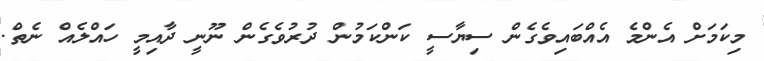
މިކަމަށް އެންމެ އެއްބައިވެގެން ސިޔާސީ ކަންކަމުން ދުރުވެގެން ނޫނީ ދާއިމީ ހައްލެއް ނެތް.